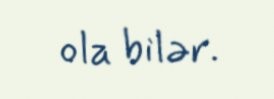
ola bilər.